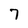
Character: 7